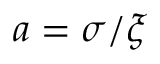
a = \sigma / \xi